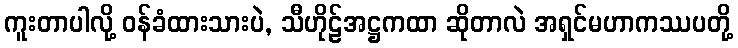
ကူးတာပါလို့ ဝန်ခံထားသားပဲ, သီဟိုဠ်အဋ္ဌကထာ ဆိုတာလဲ အရှင်မဟာကဿပတို့